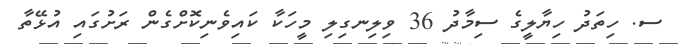
ސ. ހިތަދު ހިޔާލީގެ ސިމާދު 36 ވިލިނގިލި މީހަކާ ކައިވެނިކޮށްގެން ރަށުގައި އުޅޭތާ